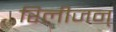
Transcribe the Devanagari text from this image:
रिलीजन्